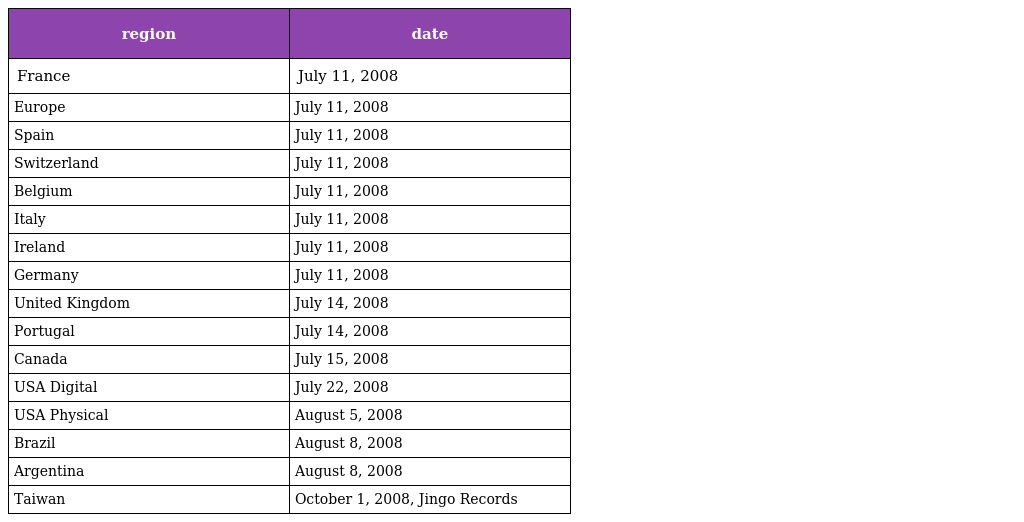
| region | date |
 | --- | --- |
 | France | July 11, 2008 |
 | Europe | July 11, 2008 |
 | Spain | July 11, 2008 |
 | Switzerland | July 11, 2008 |
 | Belgium | July 11, 2008 |
 | Italy | July 11, 2008 |
 | Ireland | July 11, 2008 |
 | Germany | July 11, 2008 |
 | United Kingdom | July 14, 2008 |
 | Portugal | July 14, 2008 |
 | Canada | July 15, 2008 |
 | USA Digital | July 22, 2008 |
 | USA Physical | August 5, 2008 |
 | Brazil | August 8, 2008 |
 | Argentina | August 8, 2008 |
 | Taiwan | October 1, 2008, Jingo Records |